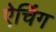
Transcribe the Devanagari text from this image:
ऐचिंग